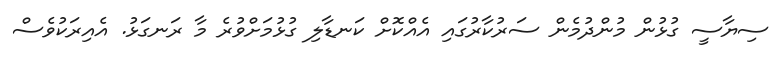
ސިޔާސީ ގުޅުން މުންދުމެން ސަރުކާރުގައި އެއްކޮށް ކަނޑާލި ގުޅުމަށްވުރެ މާ ރަނގަޅު. އެއިރަކުވެސް